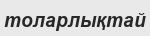
толарлықтай